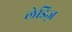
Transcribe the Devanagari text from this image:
लेडिज़